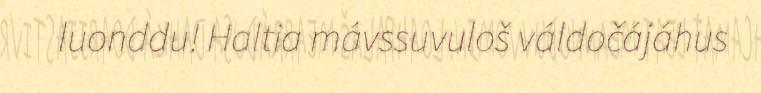
luonddu! Haltia mávssuvuloš váldočájáhus